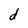
Character: d